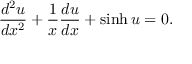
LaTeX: \frac { d ^ { 2 } u } { d x ^ { 2 } } + \frac { 1 } { x } \frac { d u } { d x } + \sinh u = 0 .